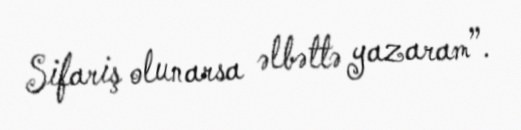
Sifariş olunarsa əlbəttə yazaram”.